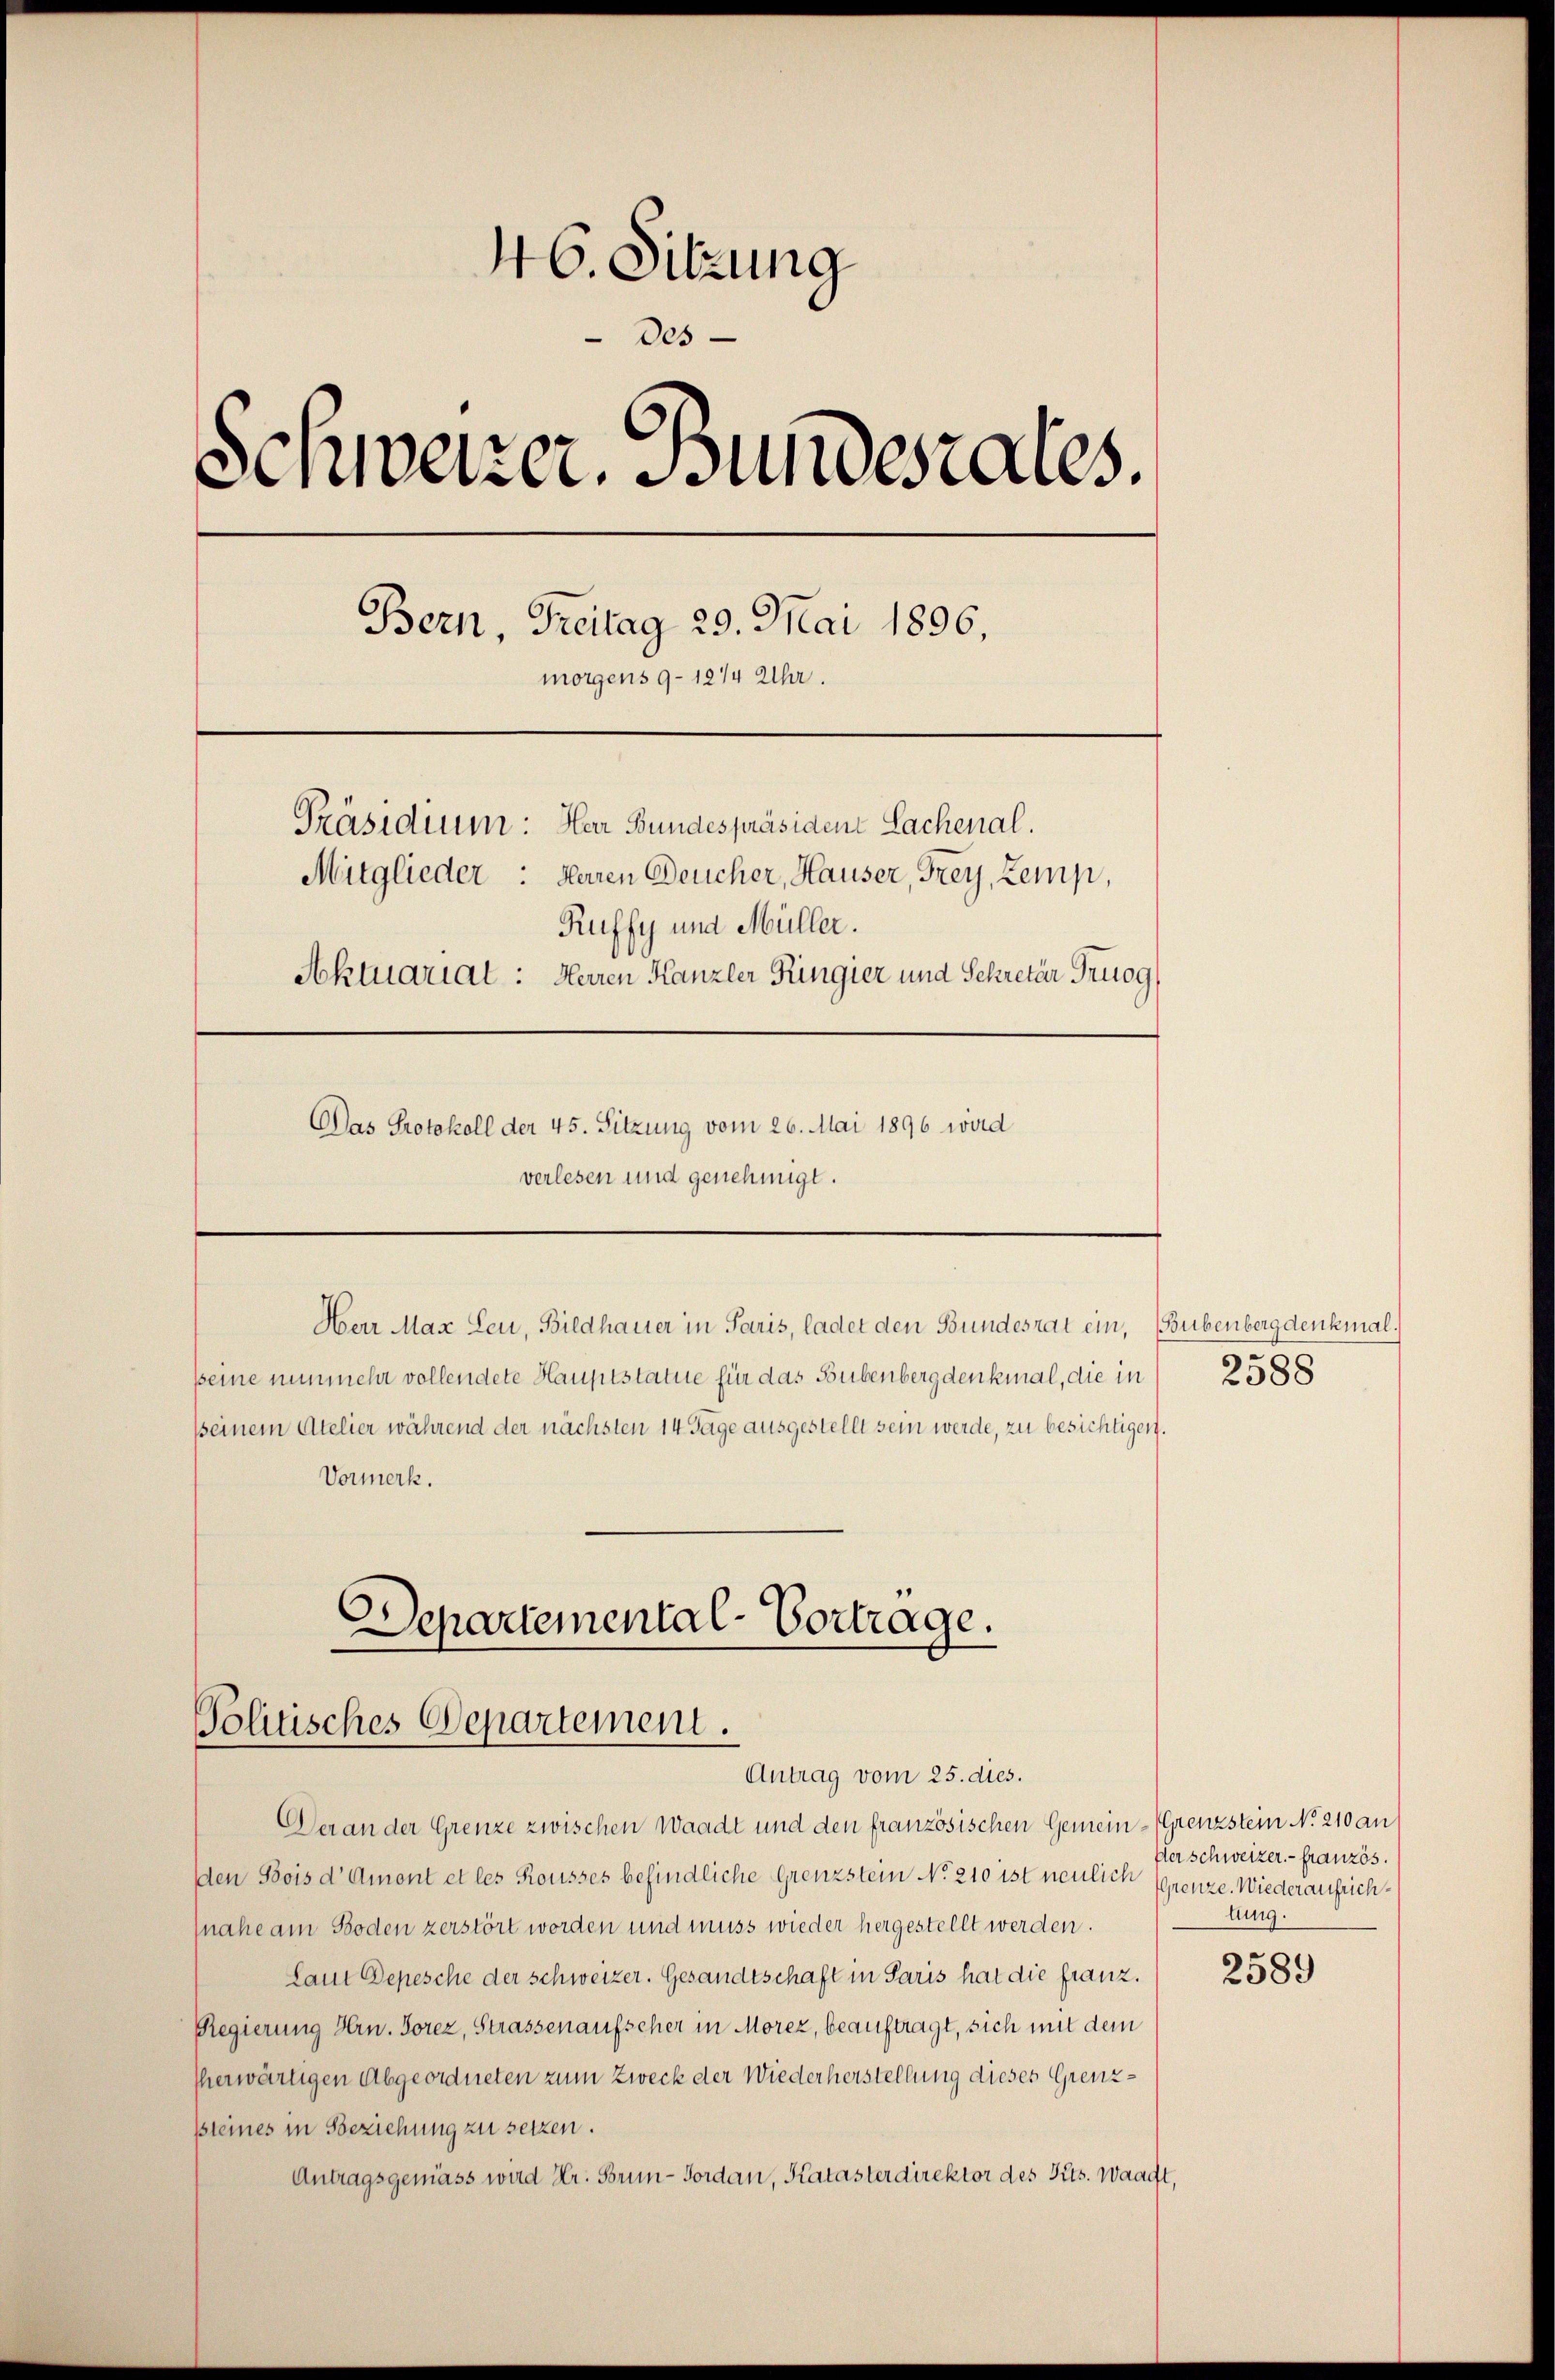
46. Sitzung
des
Schweizer. Bundesrates.
Bern, Freitag 29. Mai 1896.
morgens 9–12/4 Uhr.
Präsidium: Herr Bundespräsiden Sachenal.
Mitglieder: Herren Deucher, Hauser, Frey, Lemp,
Ruffy und Müller.
Aktuariat: Herren Kanzler Ringier und Sekretär Trugg
Das Protokoll der 45. Sitzung vom 26. Mai 1896 wird
verlesen und genehmigt.

Herr Max Leu, Bildhauer in Paris, ladet den Bundesrat ein, (Bubenbergdenkmal.

seine nunmehr vollendete Hauptstatue für das Bubenberg denkmal, die in
sseinem Atelier während der nächsten 14 Tage ausgestellt sein werde, zu besichtigen.
Vormerk.

Departemental-Vortrage.
Politisches Departement.
Antrag vom 25. dies.

Der an der Grenze zwischen Waadt und den französischen Gemein-Grenzstein No. 210 an
Den Bois d' Amont et les Rousses befindliche Grenzstein No 210 ist neulich Grenze. Wiederaufrichnahe am Boden zerstört worden und muss wieder hergestellt werden.
Laut Depesche der schweizer. Gesandtschaft in Paris hat die franz.
Regierung Hrn. Torez, Strassenaufscher in Morez, beauftragt, sich mit dem
herwärtigen Abgeordneten zum Zweck der Wiederherstellung dieses Grenzpsteines in Beziehung zu setzen.
Antragsgemäss wird Hr. Brun-Forden, Kataster direktor des Kts. Waadt,

2588

Iter schweizer. - Französ.
tung.

2589